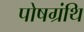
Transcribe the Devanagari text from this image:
पोषग्रंथि